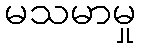
မသမာမှု